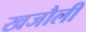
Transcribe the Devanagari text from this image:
खजौली